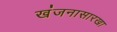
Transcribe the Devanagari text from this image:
खंजनासारखा